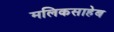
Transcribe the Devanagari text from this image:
मलिकसाहेब